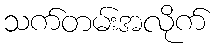
သက်တမ်းအလိုက်